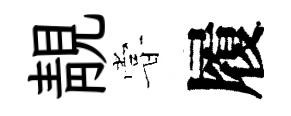
靚甞履